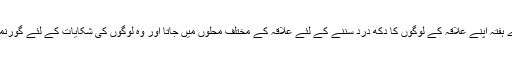
برطانیہ بھر میں ہر علاقہ کا ممبر پارلیمنٹ پورے ہفتہ اپنے علاقہ کے لوگوں کا دکھ درد سننے کے لئے علاقہ کے مختلف محلوں میں جاتا اور وہ لوگوں کی شکایات کے لئے گورنمنٹ یا سفارت خانوں کو سفارشی خطوط لکھتا ہے۔